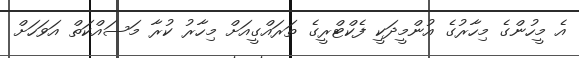
އެ މީހުންގެ މިހާރުގެ އުންމީދަކީ ފެކްޓްރީގެ ތަރައްގީއަށް މިހާރު ކުރާ މަސައްކަތް އަވަހަށް